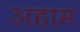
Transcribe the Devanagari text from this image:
अहाम